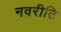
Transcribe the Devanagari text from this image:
नवरीति